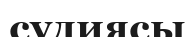
судиясы